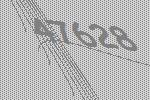
47628